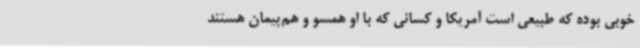
خوبی بوده که طبیعی است آمریکا و کسانی که با او همسو و هم‌پیمان هستند